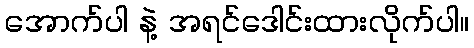
အောက်ပါ နဲ့ အရင်ဒေါင်းထားလိုက်ပါ။